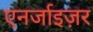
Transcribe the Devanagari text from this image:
एनर्जाइज़र